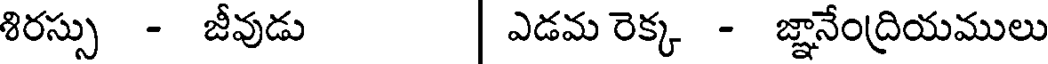
శిరస్సు - జీవుడు | ఎడమ రెక్క - జ్ఞానేంద్రియములు